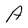
Character: A